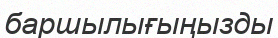
баршылығыңызды